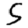
Digit: 5